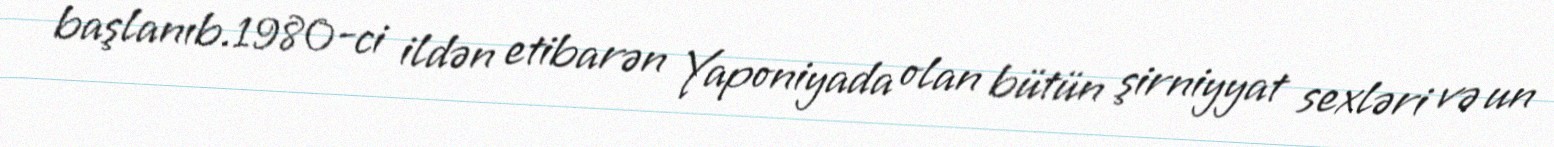
başlanıb.1980-ci ildən etibarən Yaponiyada olan bütün şirniyyat sexləri və un